Indian journal of veterinary science and animal husbandry - Volume 5,
Year: 1935
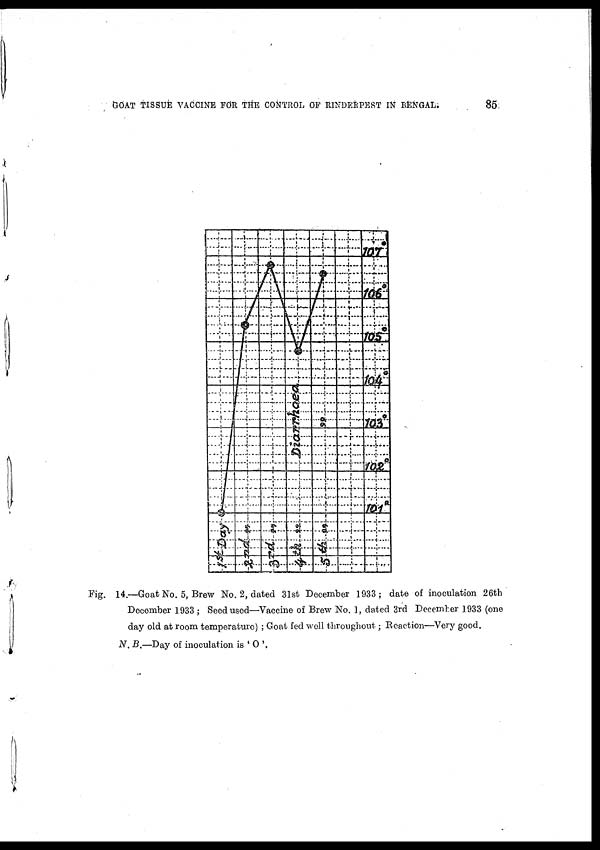
GOAT TISSUE VACCINE FOR THE CONTROL OF RINDERPEST IN BENGAL.
85
Fig. 14.—Goat No. 5, Brew No. 2, dated 31st December 1933 ; date of inoculation 26th
December 1933 ; Seed used—Vaccine of Brew No. 1, dated 3rd December 1933 (one
day old at room temperature) ; Goat fed well throughout; Reaction—Very good.
N. B.—Day of inoculation is ' O '.